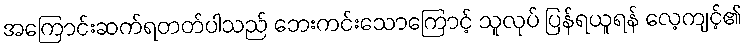
အကြောင်းဆက်ရတတ်ပါသည် ဘေးကင်းသောကြောင့် သူလုပ် ပြန်ရယူရန် လေ့ကျင့်၏